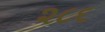
૨૮૬